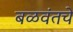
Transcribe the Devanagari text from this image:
बळवंतचे